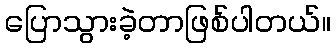
ပြောသွားခဲ့တာဖြစ်ပါတယ်။